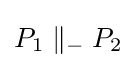
P_{1}\parallel _{-}P_{2}